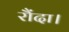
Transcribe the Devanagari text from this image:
रौंदा।